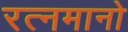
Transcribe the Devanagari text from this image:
रत्नमानो